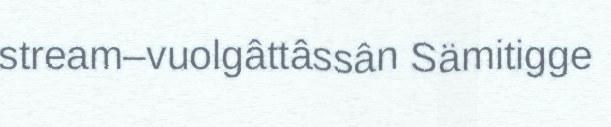
stream–vuolgâttâssân Sämitigge